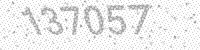
Solution: 137057